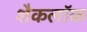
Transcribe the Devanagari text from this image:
शैकलॉक